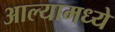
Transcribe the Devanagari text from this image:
आल्यामध्ये